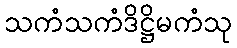
သကံသကံဒိဋ္ဌိမကံသု